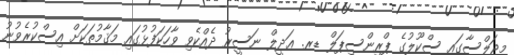
މިޖަލްސާގައި ސްކޫލުގެ ޕްރިންސިޕަލް ޑރ. ޢަދީލް ނަސީރު ދެއްކެވި ވާހަކަފުޅުގައި މަޤާމުތަކަށް އިސްކުރެވުނު